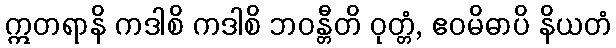
ဣတရာနိ ကဒါစိ ကဒါစိ ဘဝန္တီတိ ဝုတ္တံ, ဧဝမိဓာပိ နိယတံ